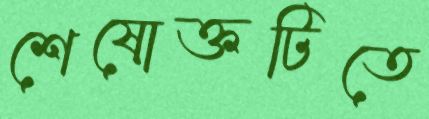
শেষোক্তটিতে